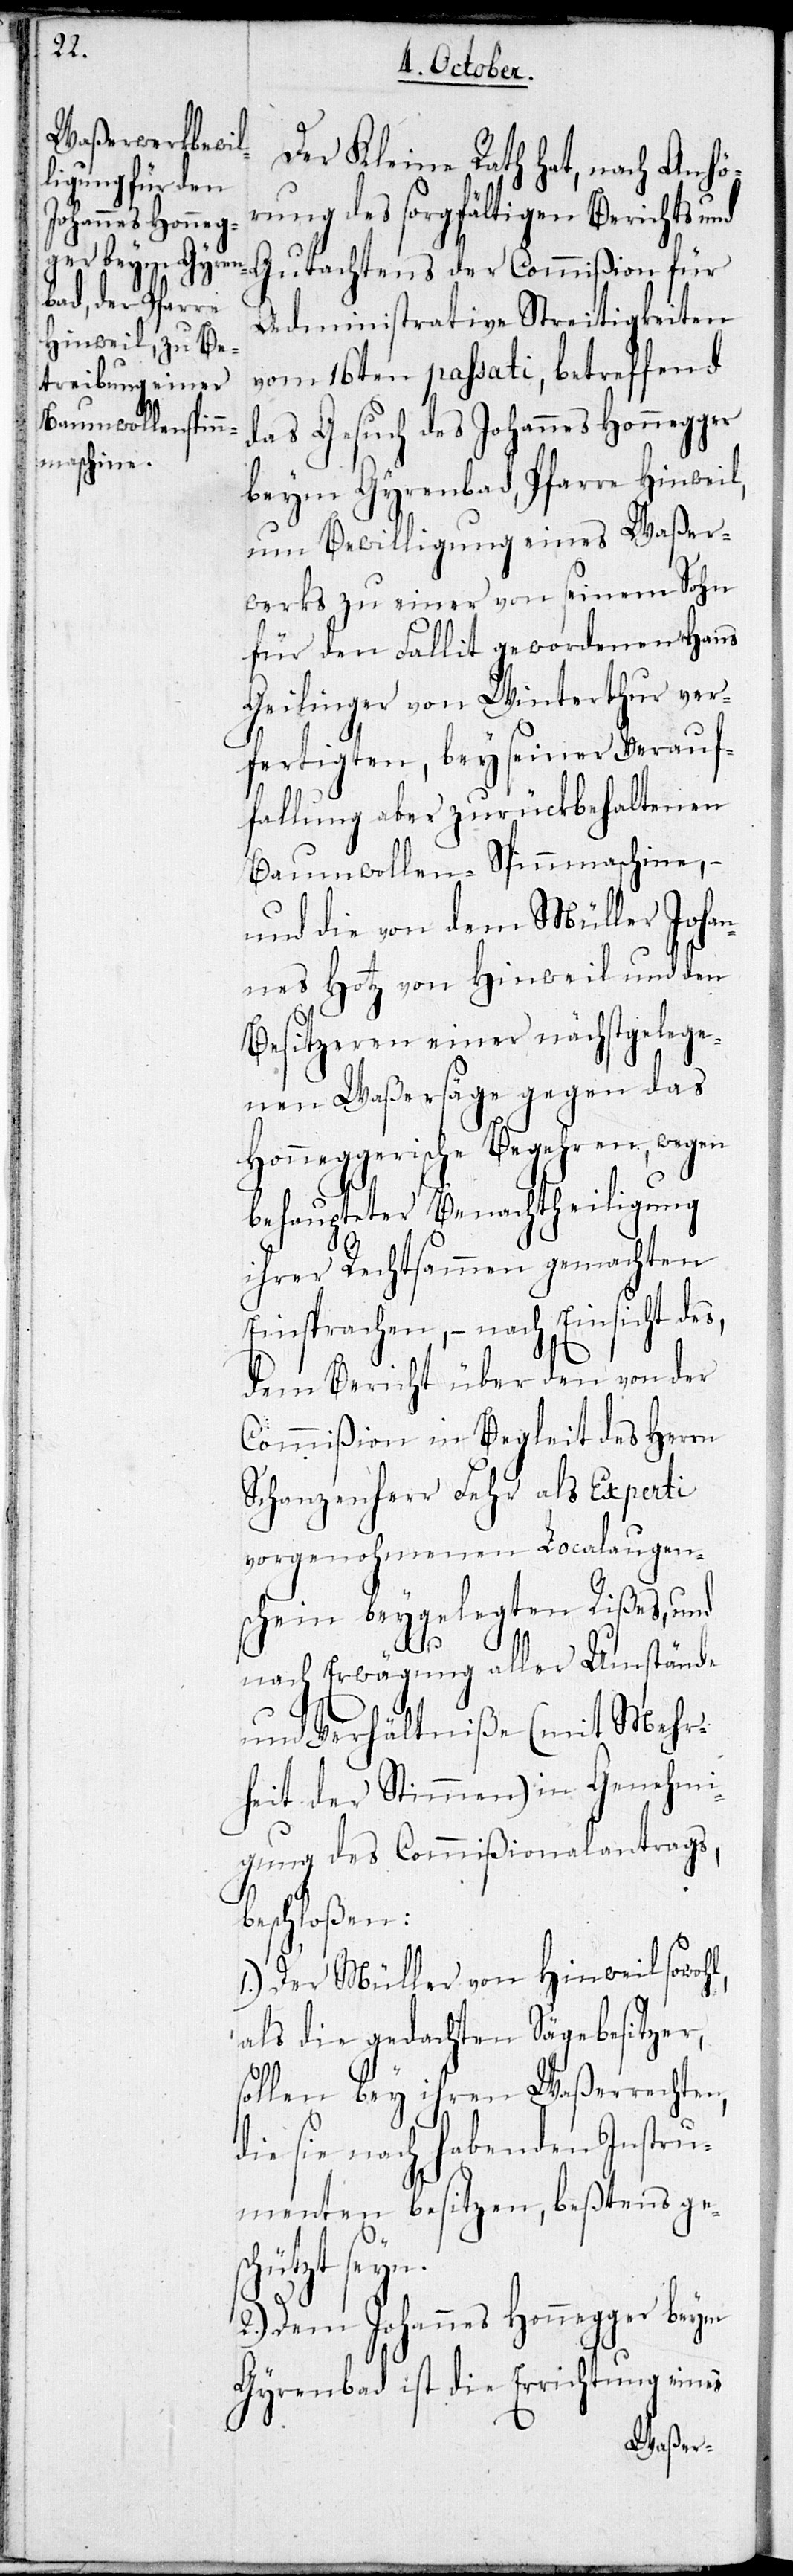
b¬

Der Kleine Rath hat, nach Anhö¬
rung des sorgfältigen Berichts und
Gutachtens der Commißion für
Administrative Streitigkeiten
vom 16ten passati, betreffend
das Gesuch des Johannes Honegger
beym Gyrenbad, Pfarre Hinweil,
um Bewilligung eines Waßer¬
werks zu einer von seinem Sohn
für den Fallit gewordenen Hans
Geilinger von Winterthur ver¬
fertigten, bey seiner Verauf¬
fallung aber zurückbehaltenen
Baumwollen-Spinnmaschine, –
und die von dem Müller Johan¬
nes Hotz von Hinweil und den
Besitzeren einer nächstgelege¬
nen Waßersäge gegen das
Honneggerische Begehren, wegen
behaupteter Benachtheiligung
ihrer Rechtsammen gemachten
Einsprachen, – nach Einsicht des,
dem Bericht über den von der
Commißion in Begleit des Herrn
Schanzenherr Fehr als Experti
vorgenohmenen Localaugen¬
schein beygelegten Rißes, und
nach Erwägung aller Umstände
und Verhältniße (mit Mehr¬
heit der Stimmen) in Genehmi¬
gung des Commißionalantrags,
eschloßen:
1.) Der Müller von Hinweil sowohl,
als die gedachten Sägebesitzer,
sollen bey ihren Waßerrechten,
die sie nach habenden Instru¬
menten besitzen, bestens ge¬
schützt seyn.
2) Dem Johannes Honnegger beym
Gyrenbad ist die Errichtung eines